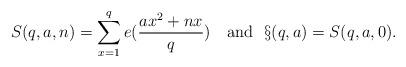
LaTeX: \begin{align*}S(q,a,n)=\sum_{x=1}^qe(\frac{ax^2+nx}{q})\ \ \textrm{ and }\ \S(q,a)=S(q,a,0).\end{align*}